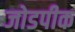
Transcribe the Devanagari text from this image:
जोडपीक